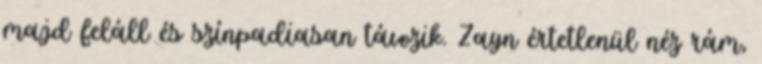
majd feláll és színpadiasan távozik. Zayn értetlenül néz rám,